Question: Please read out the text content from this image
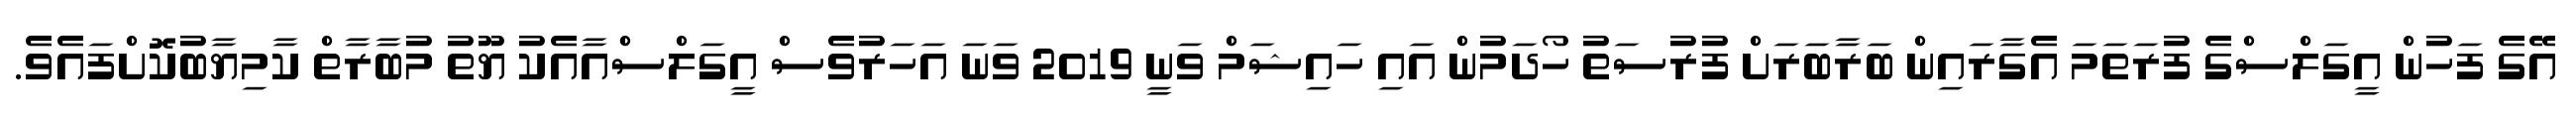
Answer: އޭގެ ފަހުން އީގަލްސްގެ ފުރަތަމަ އެގާރައިން ބަރާބަރަށް ފުރުސަތު ހޯދަމުން އައި ހައިޝަމް ވަނީ 2019 ވަނަ އަހަރުވެސް އީގަލްސްއާއެކު ޔޫތު މުބާރާތް ކާމިޔާބުކޮށްފައެވެ.